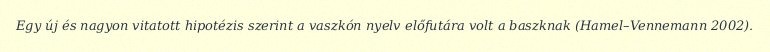
Egy új és nagyon vitatott hipotézis szerint a vaszkón nyelv előfutára volt a baszknak (Hamel–Vennemann 2002).